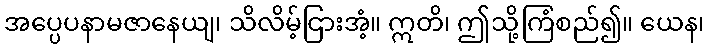
အပ္ပေပနာမဇာနေယျ၊ သိလိမ့်ငြားအံ့။ ဣတိ၊ ဤသို့ကြံစည်၍။ ယေန၊